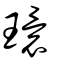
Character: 環